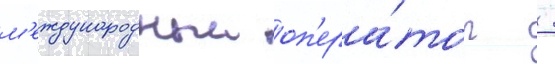
м'еждународныи оп'ера́тор